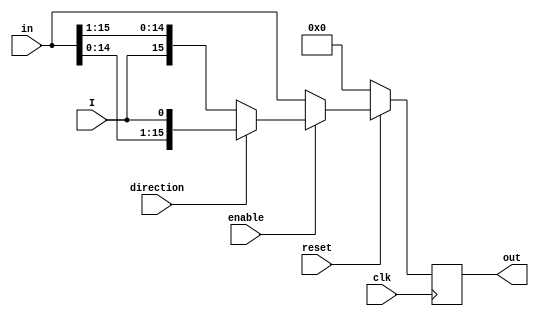
module shift_register (I, clk, direction, reset, in, out, enable);
    parameter n = 16;

    input I, clk, direction, reset, enable;
    input [n-1:0] in;
    output reg [n-1:0] out;

    always @(posedge clk) begin
        if (!reset) out <= 0;
        else begin
            if(enable)
                out <= (direction) ? ({in[n-2:0], I}) : ({I, in[n-1:1]});
            else
                out <= in;
        end 
    end 
endmodule